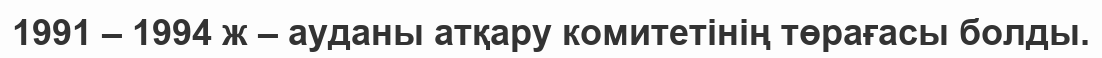
1991 – 1994 ж – ауданы атқару комитетінің төрағасы болды.